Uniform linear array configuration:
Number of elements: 16
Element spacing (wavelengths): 0.5
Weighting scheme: exponential
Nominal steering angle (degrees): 15
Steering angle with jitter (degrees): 13.679
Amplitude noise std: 0.05
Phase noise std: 0.05

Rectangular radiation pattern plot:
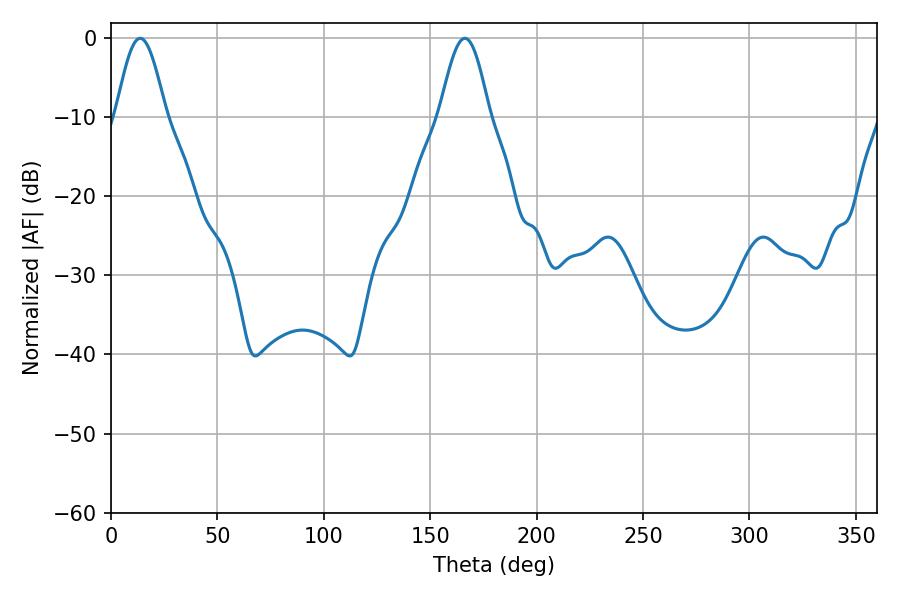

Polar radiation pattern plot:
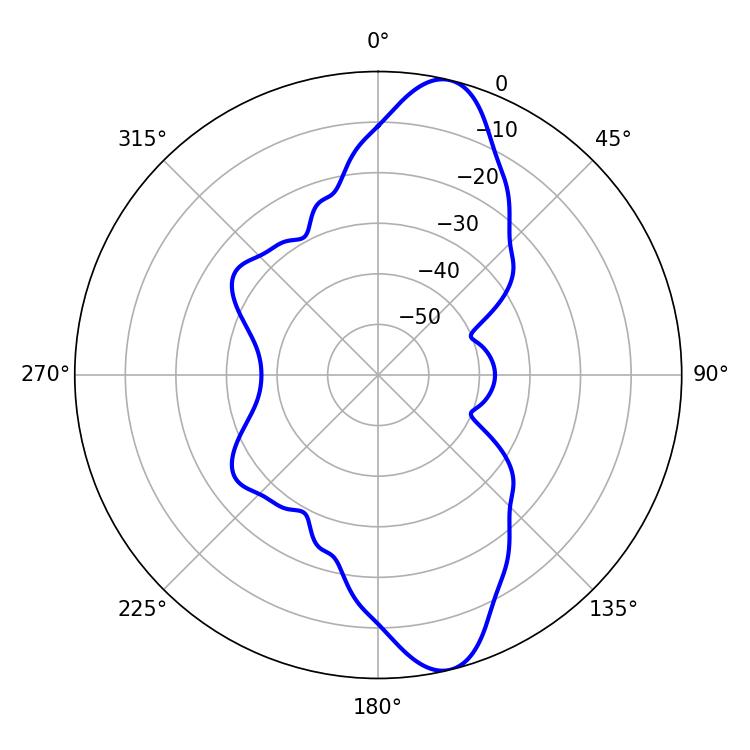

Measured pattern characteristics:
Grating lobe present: FALSE
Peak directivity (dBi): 12.159
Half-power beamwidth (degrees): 12.42
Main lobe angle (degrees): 13.68